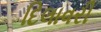
દિલાવરી